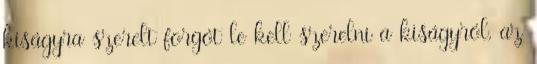
kiságyra szerelt forgót le kell szerelni a kiságyról, az